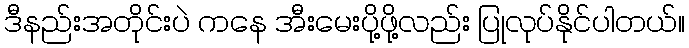
ဒီနည်းအတိုင်းပဲ ကနေ အီးမေးပို့ဖို့လည်း ပြုလုပ်နိုင်ပါတယ်။